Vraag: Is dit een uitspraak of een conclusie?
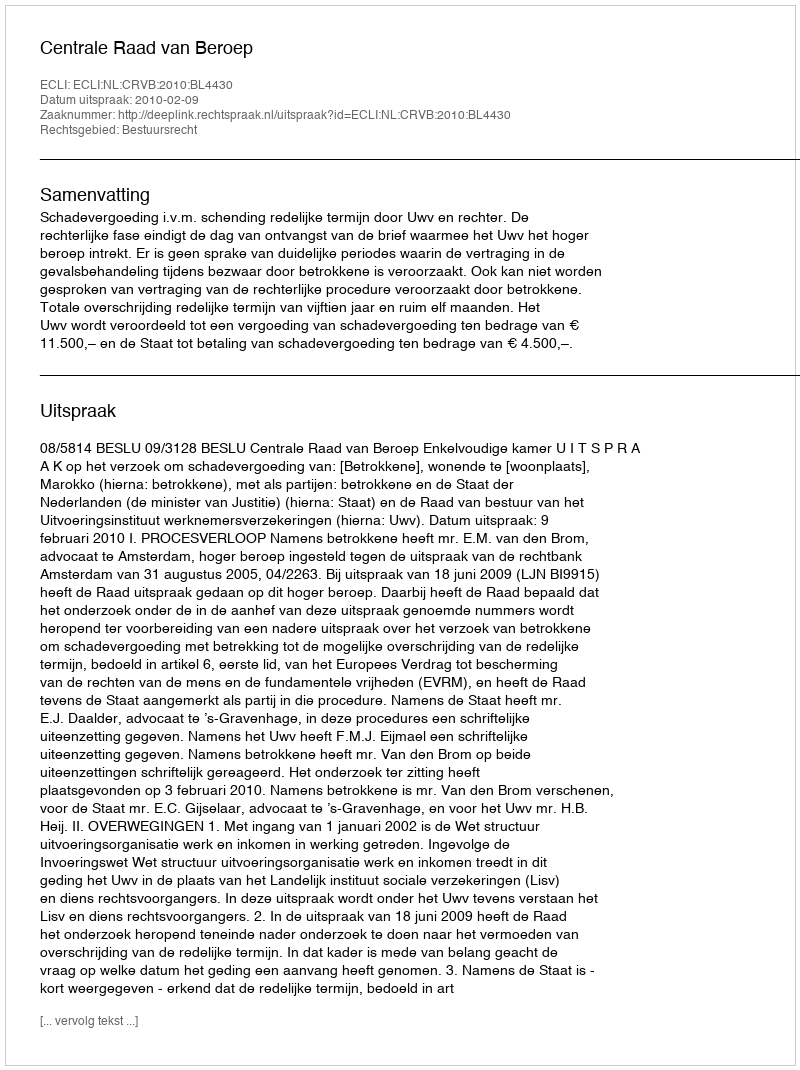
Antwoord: Uitspraak